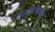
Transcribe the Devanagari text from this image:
फाट्यांमध्ये